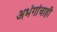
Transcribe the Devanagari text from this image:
अभंगांचाही